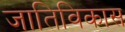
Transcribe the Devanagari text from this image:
जातिविकास